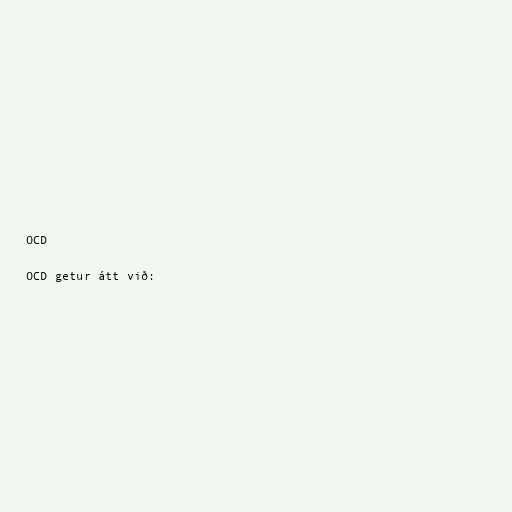
OCD

OCD getur átt við: